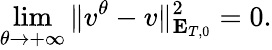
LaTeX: \underset{\theta\rightarrow+\infty}{\operatorname*{lim}}\Vert v^{\theta}-v\Vert_{\mathbf{E}_{T,0}}^{2}=0.